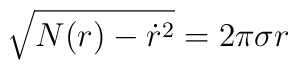
\sqrt{N(r) - \dot{r}^2} = 2\pi\sigma r